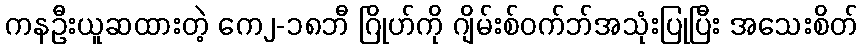
ကနဦးယူဆထားတဲ့ ကေ၂-၁၈ဘီ ဂြိုဟ်ကို ဂျိမ်းစ်ဝက်ဘ်အသုံးပြုပြီး အသေးစိတ်